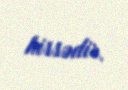
hissədir.